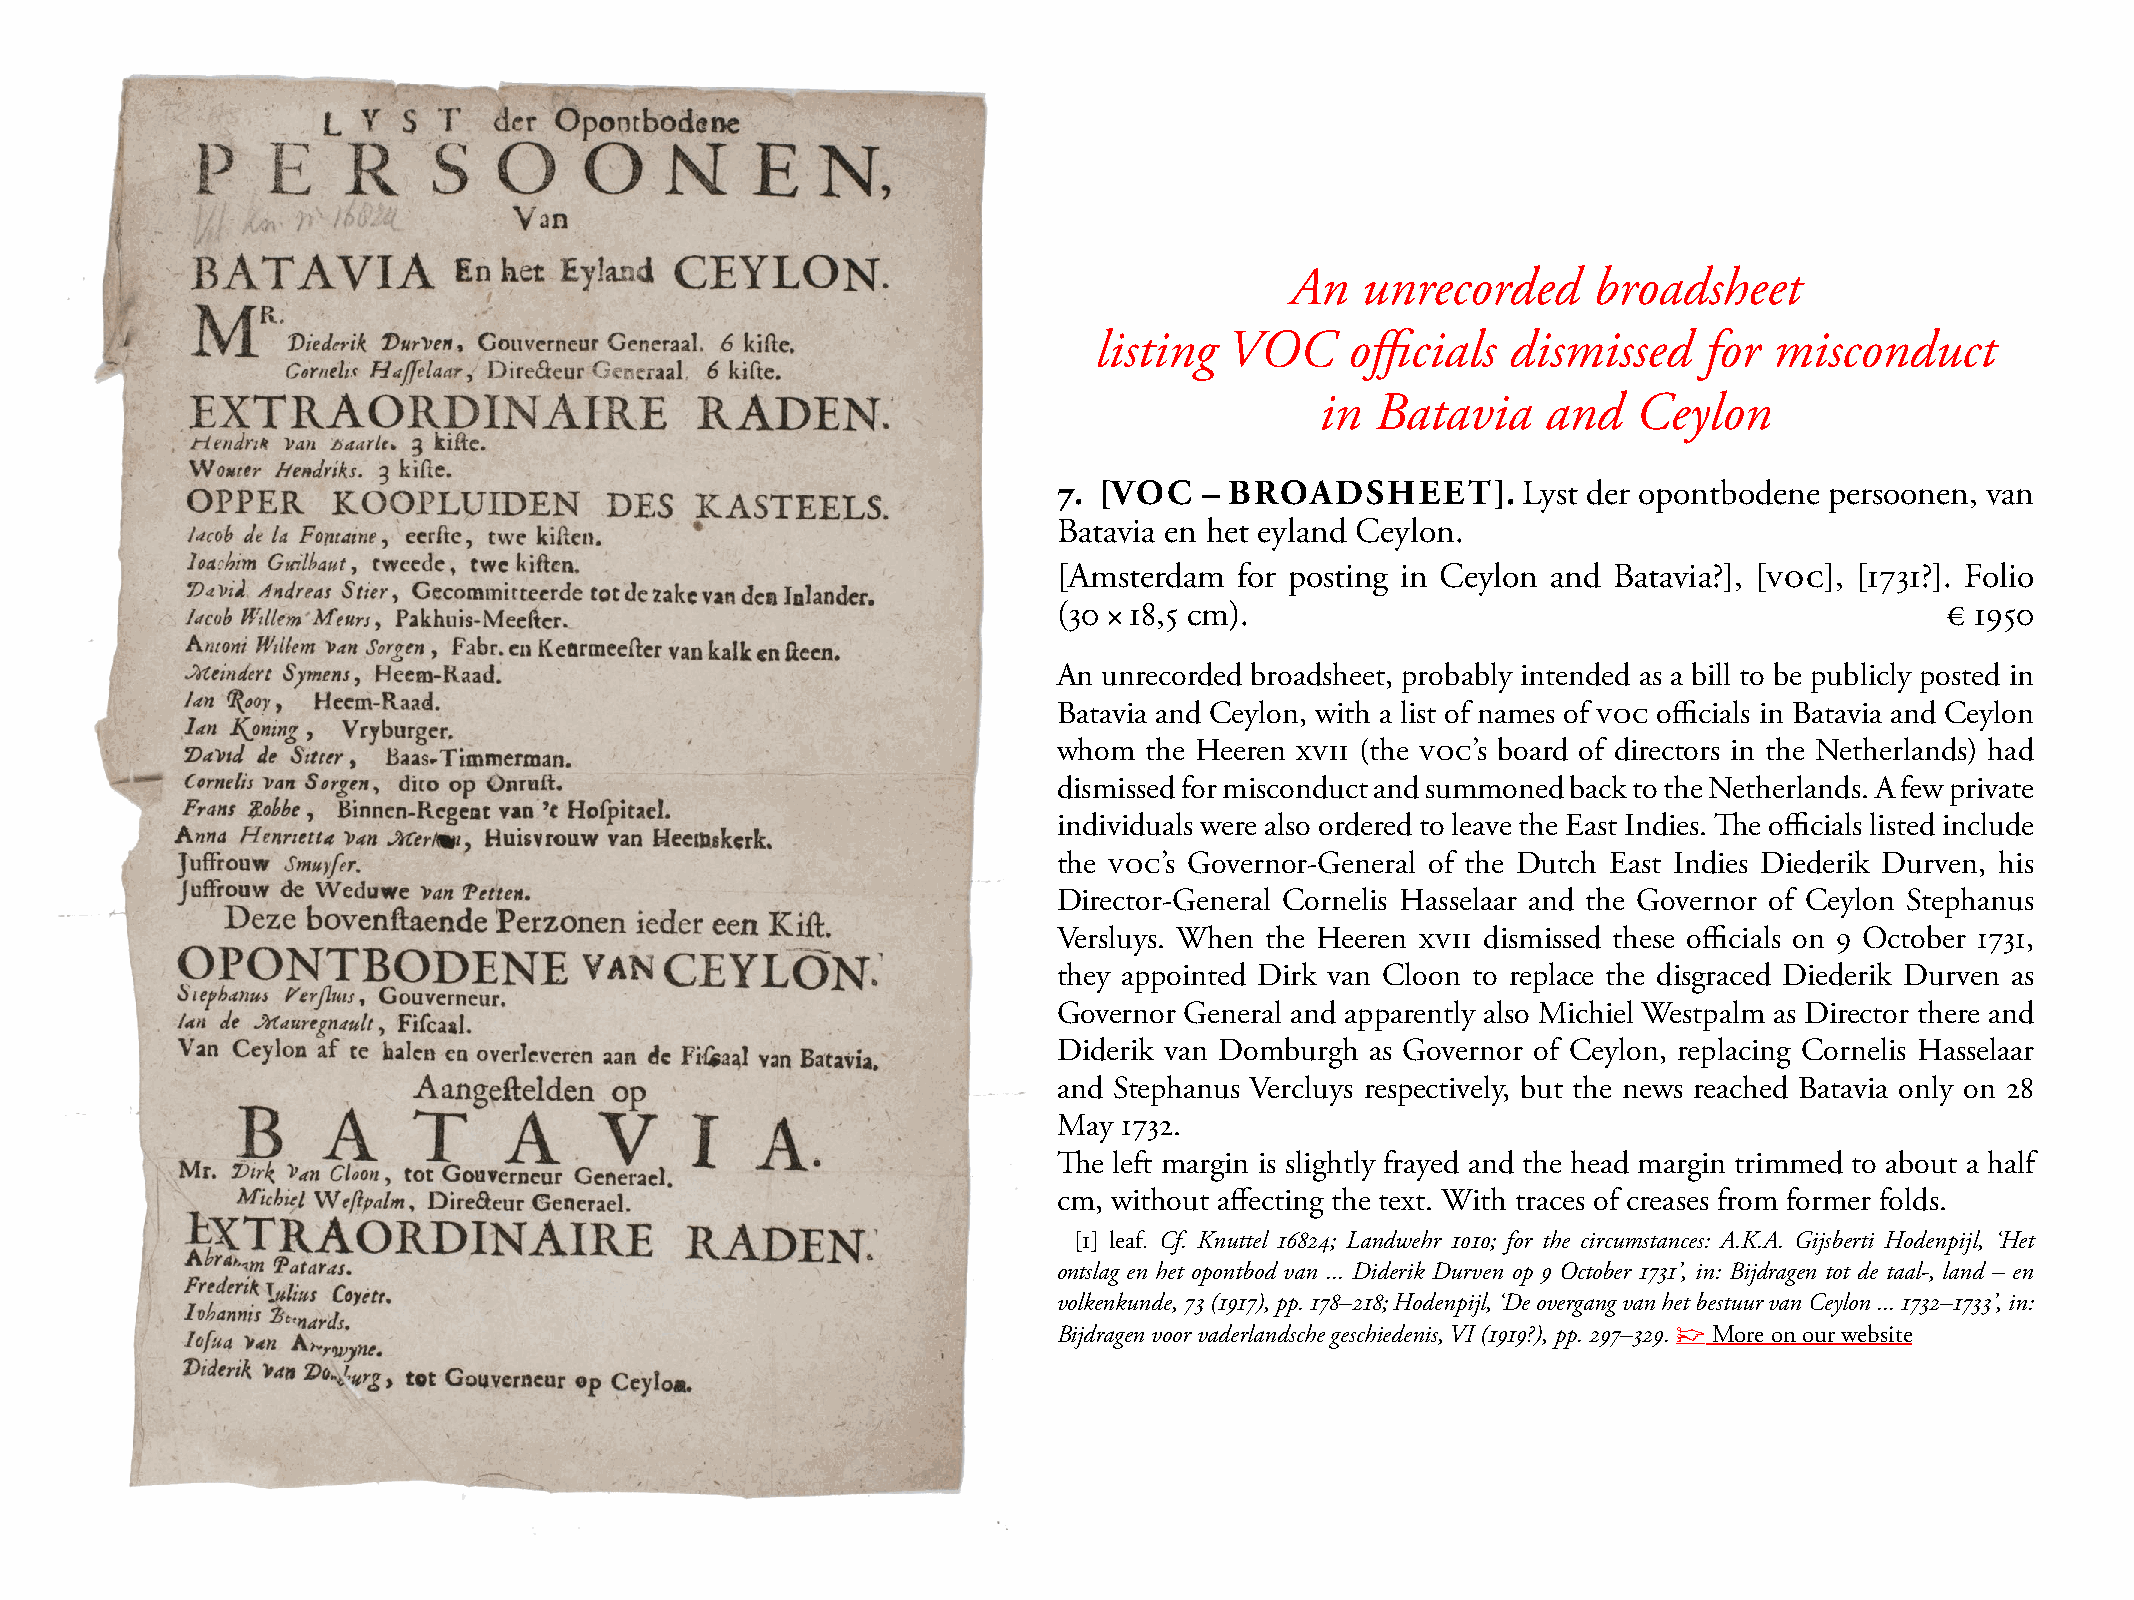
An   unrecorded     broadsheet
 listing  VOC     officials  dismissed    for misconduct
 in  Batavia    and   Ceylon
 7. [VOC   – BROADSHEET].       Lyst der opontbodene persoonen, van
 Batavia en het eyland Ceylon.
 [Amsterdam  for posting in Ceylon and Batavia?], [VOC], [1731?]. Folio
 (30 × 18,5 cm).                                            € 1950
 An unrecorded broadsheet, probably intended as a bill to be publicly posted in
 Batavia and Ceylon, with a list of names of VOC officials in Batavia and Ceylon
 whom  the Heeren XVII (the VOC’s board of directors in the Netherlands) had
 dismissed for misconduct and summoned back to the Netherlands. A few private
 individuals were also ordered to leave the East Indies. The officials listed include
 the VOC’s Governor-General of the Dutch East Indies Diederik Durven, his
 Director-General Cornelis Hasselaar and the Governor of Ceylon stephanus
 Versluys. When the Heeren XVII dismissed these officials on 9 October 1731,
 they appointed Dirk van Cloon to replace the disgraced Diederik Durven as
 Governor General and apparently also michiel Westpalm as Director there and
 Diderik van Domburgh as Governor of Ceylon, replacing Cornelis Hasselaar
 and stephanus Vercluys respectively, but the news reached Batavia only on 28
 may 1732.
 The left margin is slightly frayed and the head margin trimmed to about a half
 cm, without affecting the text. With traces of creases from former folds.
 [1] leaf. Cf. Knuttel 16824; Landwehr 1010; for the circumstances: A.K.A. Gijsberti Hodenpijl, ‘Het
 ontslag en het opontbod van ... Diderik Durven op 9 October 1731’, in: Bijdragen tot de taal-, land – en
 volkenkunde, 73 (1917), pp. 178–218; Hodenpijl, ‘De overgang van het bestuur van Ceylon ... 1732–1733’, in:
 Bijdragen voor vaderlandsche geschiedenis, VI (1919?), pp. 297–329. ☞ more on our website